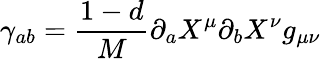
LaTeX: \gamma_{ab}=\frac{1-d}{M}\partial_{a}X^{\mu}\partial_{b}X^{\nu}g_{\mu\nu}